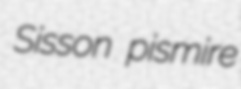
Sisson pismire